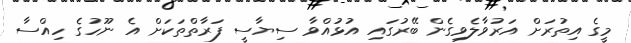
މީގެ އިތުރަށް އަރުވާލެވިގެން ބޭރުގައި އުޅުއްވާ ސިޔާސީ ފަރާތްތަކަށް އެ ނޫހުގެ ހިއްސާ